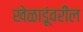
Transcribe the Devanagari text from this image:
खेळाडूंवरील